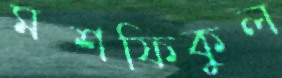
মশফিকুল